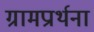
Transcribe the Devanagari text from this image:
ग्रामप्रार्थना